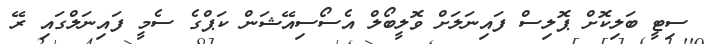
ސިޓީ ބަލިކޮށް ޕޮލިސް ފައިނަލަށް ވޮލީބޯލް އެސޯސިއޭޝަން ކަޕްގެ ސެމީ ފައިނަލްގައި ރޭ